Problem: 23 + 26 = ?
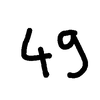
Handwritten answer: 49